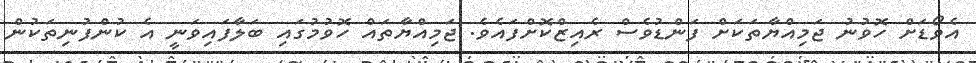
އެވޯޑަށް ހޮވުނު ޖަމިއްޔާތަކަށް ފަންޑުވެސް ރެއިޒްކޮށްފައެވެ. ޖަމިއްޔާތައް ހޮވުމުގައި ބަލާފައިވަނީ އެ ކުންފުނިތަކުން